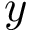
y